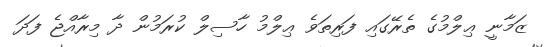
ޒަމާނީ ޢިލްމުގެ ތެރޭގައި ފަރިތަވެ ޢިލްމު ހާސިލް ކުރަމުން ދާ މިރާއްޖެ ފަދަ